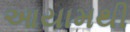
આયામથી